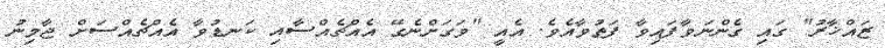
ޒައްޚާރު" ގައި ގެންނަވާފައިވާ ފަތުވާއެވެ. އެއީ "ވަގަށްނެގޭ އެއްޗެއްސާއި ކަނޑުވާ އެއްޗެއްސަށް ޖާމިނު